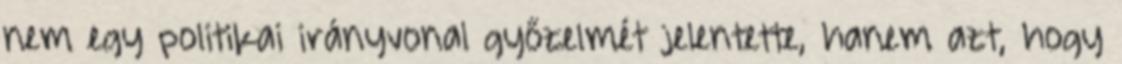
nem egy politikai irányvonal győzelmét jelentette, hanem azt, hogy